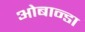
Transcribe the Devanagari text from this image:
ओबान्डा